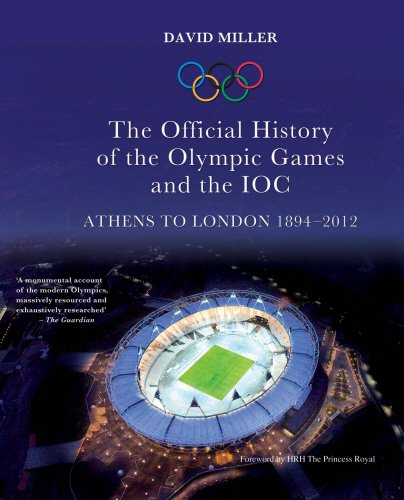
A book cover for The Official History of the Olympic Games and the IOC: Athens to London 1894-2012; David Miller; Sports & Outdoors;